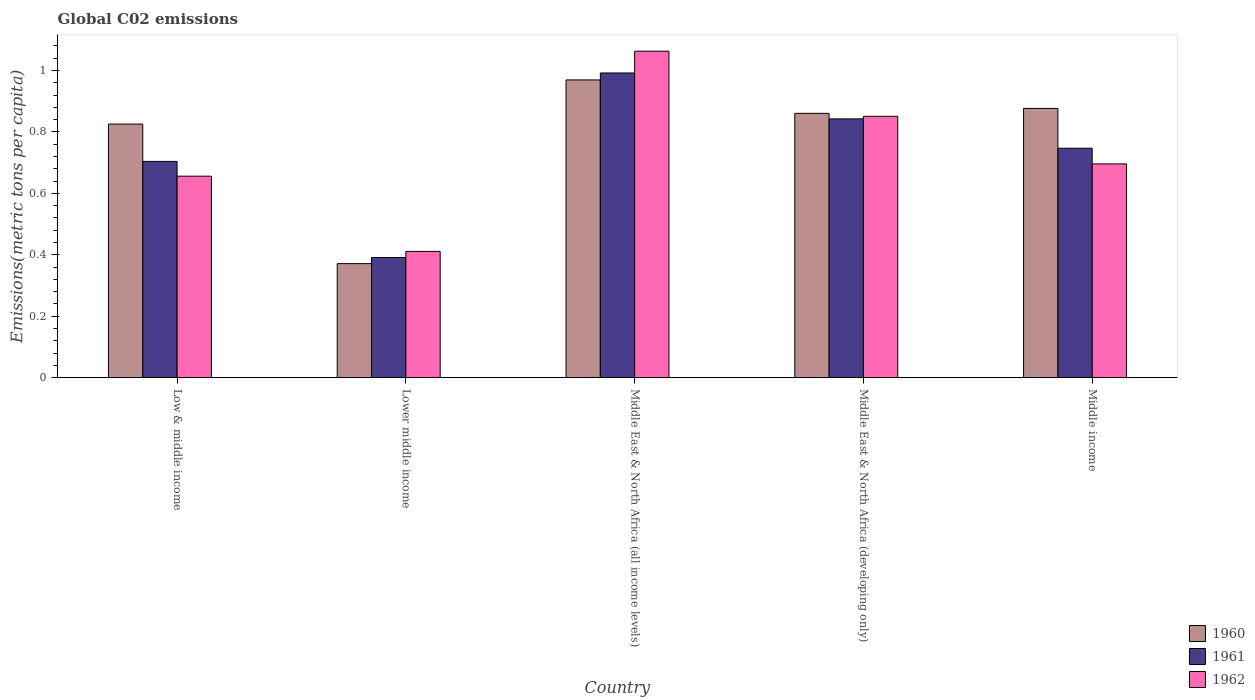
| Country | 1960 | 1961 | 1962 |
 | --- | --- | --- | --- |
 | Low & middle income | 0.825 | 0.704 | 0.656 |
 | Lower middle income | 0.371 | 0.391 | 0.411 |
 | Middle East & North Africa (all income levels) | 0.969 | 0.992 | 1.06 |
 | Middle East & North Africa (developing only) | 0.86 | 0.842 | 0.851 |
 | Middle income | 0.876 | 0.747 | 0.696 |